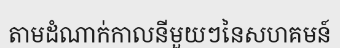
តាមដំណាក់កាលនីមួយៗនៃសហគមន៍